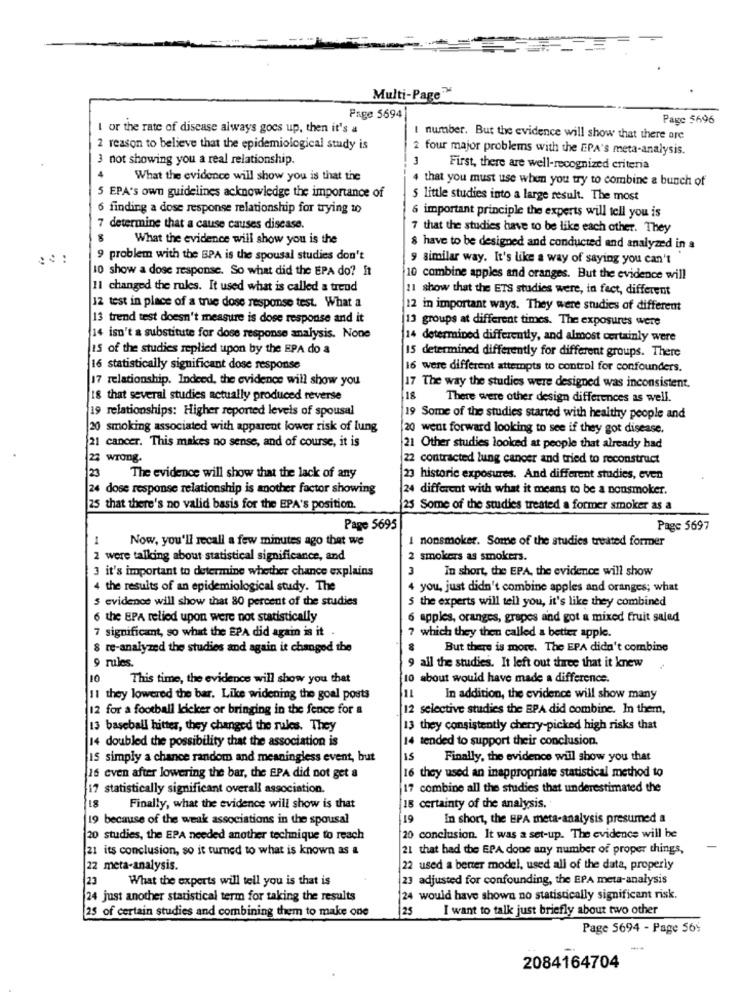
Multi-Page™
Page 5694
Page 5696
I or the rate of disease always goes up, then it's a
I number. But the evidence will show that there are
2 reason to believe that the epidemiological study is
2 four major problems with the EPA's meta-analysis.
3 not showing you a real relationship.
1
First, there are well-recognized criteria
What the evidence will show you is that the
that you must use when you try to combine a bunch of
5 EPA's own guidelines acknowledge the importance of
5 little studies into a large result. The most
6 finding a dose response relationship for trying to
6 important principle the experts will tell you is
7 determine that a cause causes disease.
7 that the studies have to be like each other. They
What the evidence will show you is the
$ have to be designed and conducted and analyzed in a
9 problem with the SPA is the spousal studies don't
9 similar way. It's like a way of saying you can't
10 show a dose response. So what did the EPA do? It
10 combine apples and oranges. But the evidence will
11 changed the rules. It used what is called a trend
11 show that the ETS studies were, in fact, different
12 test in place of a true dose response test. What a
12 in important ways. They were studies of different
13 trend test doesn't measure is dose response and it
13 groups at different times. The exposures were
14 isn't a substitute for dose response analysis. None
14 determined differently, and almost certainly were
IS of the studies replied upon by the EPA do a
15 determined differently for different groups. There
16 statistically significant dose response
16 were different attempts to control for confounders.
17 relationship. Indeed, the evidence will show you
17 The way the studies were designed was inconsistent.
IS that several studies actually produced reverse
18
There were other design differences as well.
19 relationships: Higher reported levels of spousal
19 Some of the studies started with healthy people and
20 smoking associated with apparent lower risk of lung
20 went forward looking to see if they got disease.
21 cancer. This makes no sense, and of course, it is
21 Other studies looked at people that already had
23 wrong.
2contracted lung cancer and tried to reconstruct
23
The evidence will show that the lack of any
23 historic exposures. And different studies, even
24 dose response relationship is another factor showing
24 different with what it means to be a nonsmoker.
25 that there's no valid basis for the EPA's position.
25 Some of the studies treated a former smoker as a
Page 5695
Page 5697
1
Now, you'll recall a few minutes ago that we
I nonsmoker. Some of the studies treated former
were talking about statistical significance, and
2 smokers as smokers.
3 it's important to determine whether chance explains
3
In short, the EPA, the evidence will show
4 the results of an epidemiological study. The
you, just didn't combine apples and oranges; what
5 evidence will show that 80 percent of the studies
5 the experts will tell you, it's like they combined
6 the EPA relied upon were not statistically
apples, oranges, grapes and got a mixed fruit salad
7 significamt, so what the EPA did again is it
7 which they then called a better apple.
8 re-analyzed the studies and again it changed the
But there is more. The EPA didn't combine
9 rules.
all the studies. It left out three that it knew
10
This time, the evidence will show you that
10 about would have made a difference.
11 they lowered the bar. Like widening the goal posts
1L
In addition, the evidence will show many
12 for a football kicker or bringing in the fence for a
12 selective studies the EPA did combine. In them,
13 baseball hitter, they changed the rules. They
13 they consistently cherry-picked high risks that
14 doubled the possibility that the association is
14 tended to support their conclusion.
IS simply a chance random and meaningless event, but
15
Finally, the evidence will show you that
is even after lowering the bar, the EPA did not get a
16 they used an inappropriate statistical method to
17 statistically significant overall association.
17 combine all the studies that underestimated the
18
Finally, what the evidence will show is that
18 certainty of the analysis.
19 because of the weak associations in the spousal
19
In short, the EPA meta-analysis presumed a
20 studies, the EPA needed another technique to reach
20 conclusion. It was a set-up. The evidence will be
21 its conclusion, so it turned to what is known as &
21 that had the EPA done any number of proper things,
2 meta-analysis.
22 used a benzer model, used all of the data, properly
23
What the experts will tell you is that is
3 adjusted for confounding, the EPA meta-analysis
24 just another statistical term for taking the results
4 would have shown no statistically significant risk.
25
I want to talk just briefly about two other
25 of certain studies and combining them to make one
Page 5694 - Page 569
-
2084164704